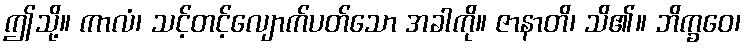
ဤသို့။ ကာလံ၊ သင့်တင့်လျောက်ပတ်သော အခါကို။ ဇာနာတိ၊ သိ၏။ ဘိက္ခဝေ၊